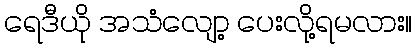
ရေဒီယို အသံလျော့ ပေးလို့ရမလား။